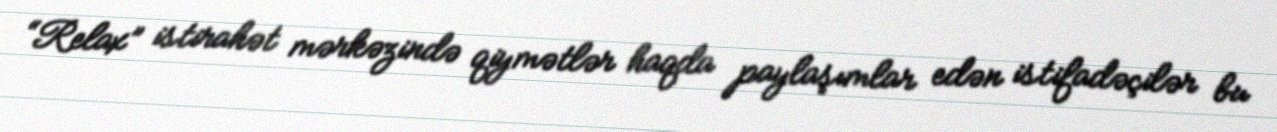
“Relax” istirahət mərkəzində qiymətlər haqda paylaşımlar edən istifadəçilər bu